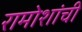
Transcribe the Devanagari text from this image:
रामोशांची